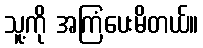
သူ့ကို အကြံပေးမိတယ်။